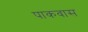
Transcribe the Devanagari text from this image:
पाकवास